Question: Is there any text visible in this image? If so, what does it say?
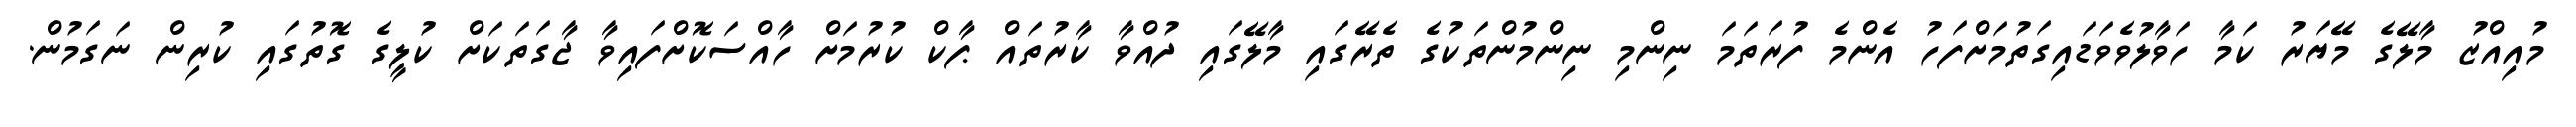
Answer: މުއިއްޒު މާލޭގެ މޭޔަރު ކަމާ ހަވާލުވެވަޑައިގަތުމަށްފަހު އެންމެ ފުރަތަމަ ނިންމި ނިންމުންތަކުގެ ތެރޭގައި މާލޭގައި ދުއްވާ ކާރުތައް ޕާކް ކުރުމަށް ހާއްސަކޮށްފައިވާ ޖާގަތަކަށް ކުލީގެ ގޮތުގައި ކުރިން ނަގަމުން.